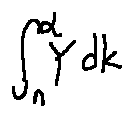
\int \limits _ { n } ^ { \alpha } Y d k